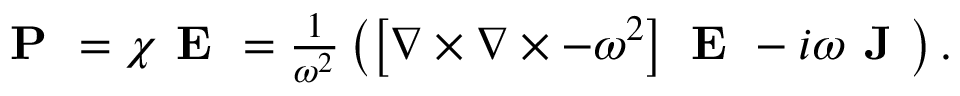
\begin{array} { r } { \textbf { P } = \chi \textbf { E } = \frac { 1 } { \omega ^ { 2 } } \left( \left[ \nabla \times \nabla \times - \omega ^ { 2 } \right] \textbf { E } - i \omega \textbf { J } \right) . } \end{array}